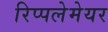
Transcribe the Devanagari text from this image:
रिप्‍पलेमेयर